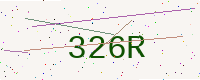
Text: 326R